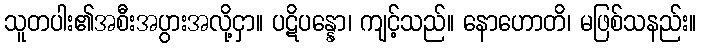
သူတပါး၏အစီးအပွားအလို့ငှာ။ ပဋိပန္နော၊ ကျင့်သည်။ နောဟောတိ၊ မဖြစ်သနည်း။